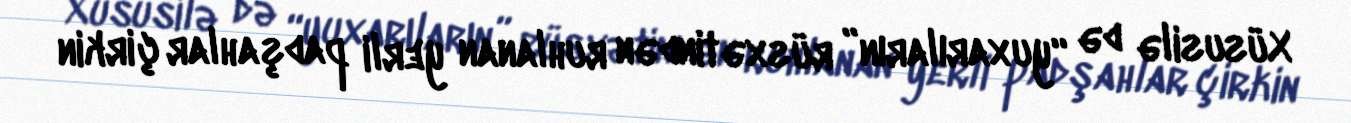
Xüsusilə də “yuxarıların” rüsxətindən ruhlanan yerli padşahlar çirkin